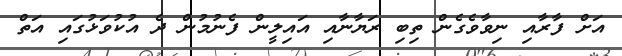
އަށް ފާރާއި ނިވާވެގެން ތިބި ރަޔާނާއި އައިލީން ފެނުމުން ދެ އުކުވަޅުގައި އަތް